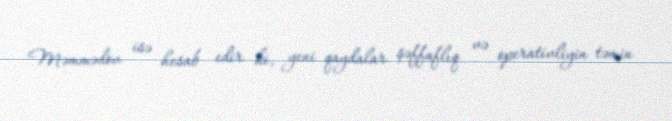
Məmmədov isə hesab edir ki, yeni qaydalar şəffaflıq və operativliyin təmin